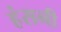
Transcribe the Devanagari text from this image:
हंसनी